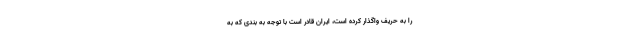
را به حریف واگذار کرده است، ایران قادر است با توجه به بندی که به